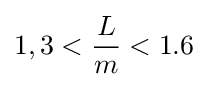
1,3<{\frac {L}{m}}<1.6